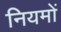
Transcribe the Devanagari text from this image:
नियमों